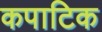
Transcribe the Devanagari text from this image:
कपाटिक